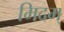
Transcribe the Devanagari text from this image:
मिदम्